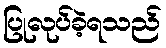
ပြုလုပ်ခဲ့ရသည်